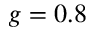
g = 0 . 8